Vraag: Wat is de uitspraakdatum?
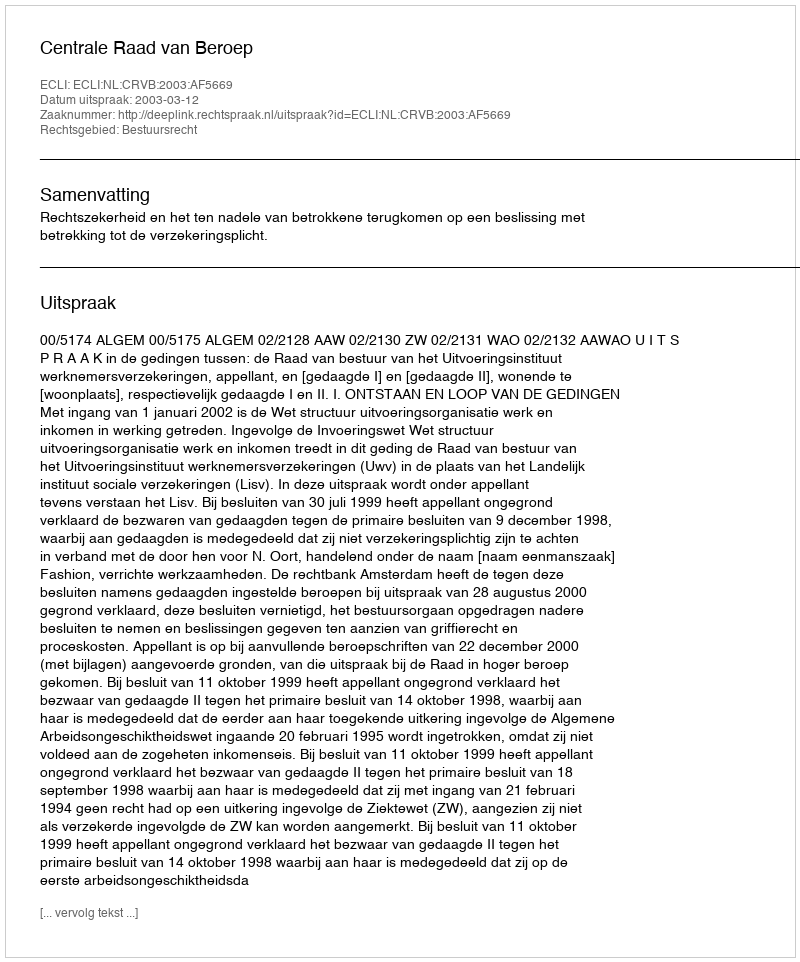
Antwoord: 2003-03-12